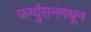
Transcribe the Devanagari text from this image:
फर्ग्युसनमधून